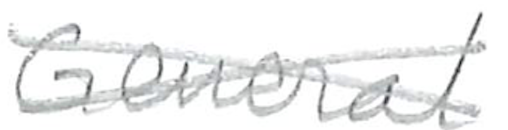
Text: General
Cross-out: cross
Writing tool: pencil